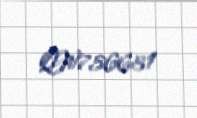
QW756631